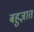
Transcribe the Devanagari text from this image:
बहुज्ञात